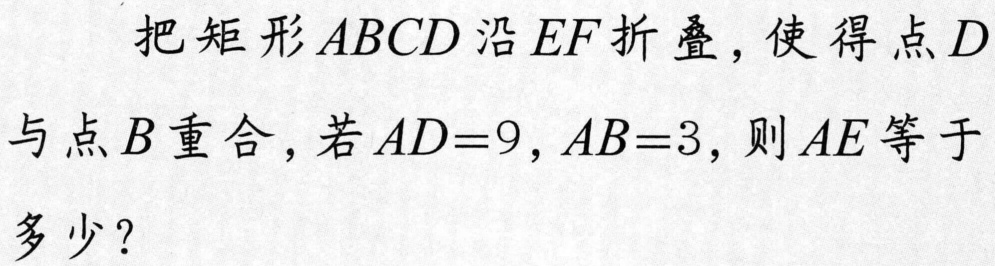
把矩形\(ABCD\)沿\(EF\)折叠，使得点\(D\)与点\(B\)重合，若\(AD = 9\)，\(AB = 3\)，则\(AE\)等于多少？